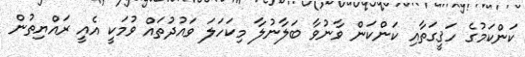
ކަންކަމުގެ ހަޤީގަތާއި ކަންކަން ވާނުވާ ބަލާނުލާ މިކަހަލަ ވައުދުތައް ވުމަކީ އެއީ ރައްޔިތުން